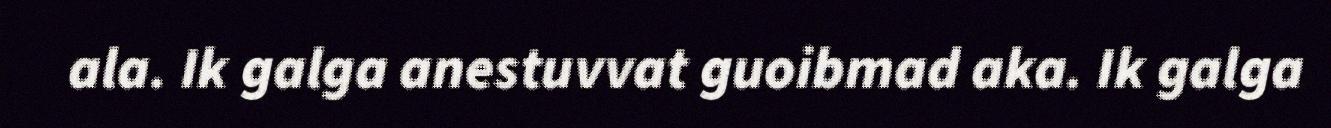
ala. Ik galga anestuvvat guoibmad aka. Ik galga